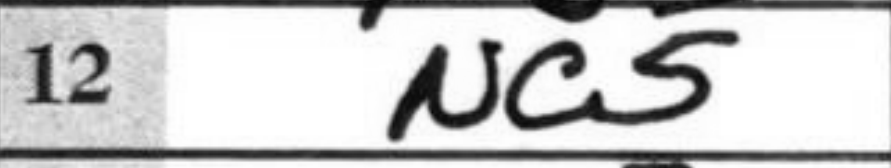
Transcription: Nc5